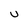
Character: u